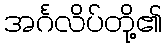
အင်္ဂလိပ်တို့၏